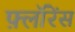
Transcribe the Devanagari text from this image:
फ़्लॉरेंस